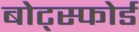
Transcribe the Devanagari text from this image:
बोट्स्फोर्ड